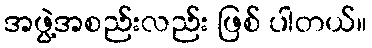
အဖွဲ့အစည်းလည်း ဖြစ် ပါတယ်။